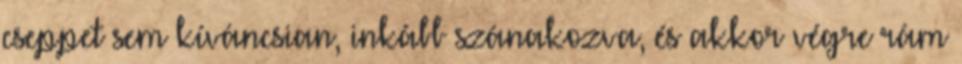
cseppet sem kíváncsian, inkább szánakozva, és akkor végre rám